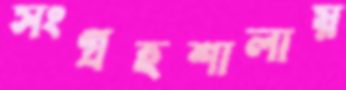
সংগ্রহশালায়